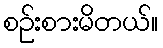
စဉ်းစားမိတယ်။